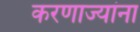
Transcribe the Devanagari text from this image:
करणाज्यांना